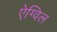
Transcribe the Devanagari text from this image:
ऐग्विल